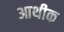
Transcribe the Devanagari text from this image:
आथीक